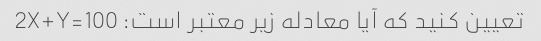
تعیین کنید که آیا معادله زیر معتبر است: 2X+Y=100